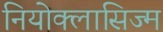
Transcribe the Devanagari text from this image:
नियोक्लासिज्म